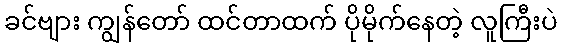
ခင်ဗျား ကျွန်တော် ထင်တာထက် ပိုမိုက်နေတဲ့ လူကြီးပဲ